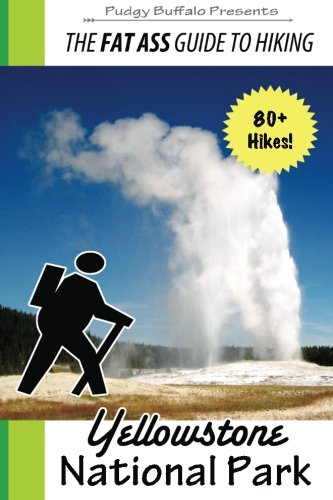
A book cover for The Fat Ass Guide to Hiking: Yellowstone National Park; Pudgy Buffalo; Travel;